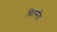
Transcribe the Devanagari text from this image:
बिलसँड़